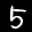
Label: 5